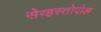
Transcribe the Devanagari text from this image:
सेव्हस्तोपोल